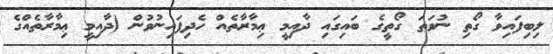
ލިބިފައިވާ ގޯތި ނުވަތަ ގޯތީގެ ބައިގައި ދާއިމީ ޢިމާރާތެއް ހެދިފައިނުވުން (ދާއިމީ ޢިމާރާތެއްގެ